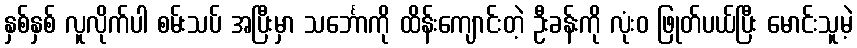
နှစ်နှစ် လူလိုက်ပါ စမ်းသပ် အပြီးမှာ သင်္ဘောကို ထိန်းကျောင်းတဲ့ ဦးခန်းကို လုံးဝ ဖြုတ်ပယ်ပြီး မောင်းသူမဲ့